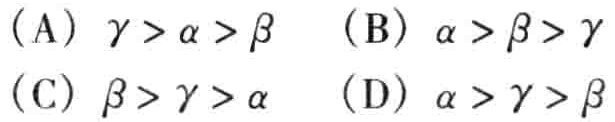
(A) $\gamma > \alpha > \beta$  (B) $\alpha > \beta > \gamma$
(C) $\beta > \gamma > \alpha$  (D) $\alpha > \gamma > \beta$